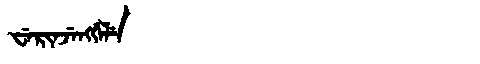
Manchu: ᠸᡝᡵᡳᠨᠵᡝᠩᡤᡝᠯᡝ
Romanization: WERINJENGGELE